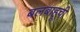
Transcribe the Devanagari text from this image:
बलबाहूची